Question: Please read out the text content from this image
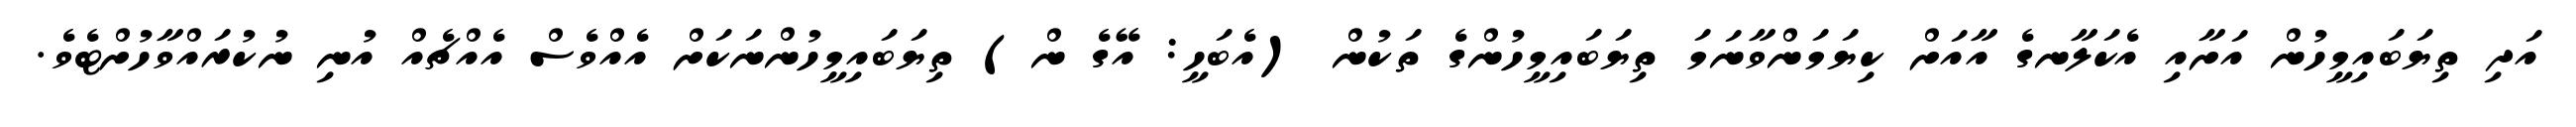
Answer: އަދި ތިޔަބައިމީހުން އަށާއި އެކަލާނގެ އާއަށް ކިޔަމަންވާނަމަ ތިޔަބައިމީހުންގެ ތަކުން (އެބަހީ: އޭގެ ން) ތިޔަބައިމީހުންނަކަށް އެއްވެސް އެއްޗެއް އުނި ނުކުރައްވާހުށްޓެވެ.